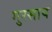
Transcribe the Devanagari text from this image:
गुरसाय